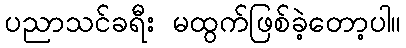
ပညာသင်ခရီး မထွက်ဖြစ်ခဲ့တော့ပါ။